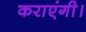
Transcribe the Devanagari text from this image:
कराएंगी।